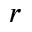
r